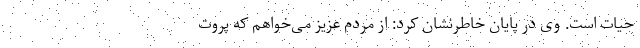
حیات است. وی در پایان خاطرنشان کرد: از مردم عزیز می‌خواهم که پروت